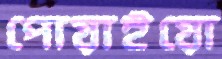
পোয়াইয়ো